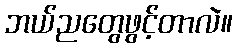
ဘယ်ညတွေဖွင့်တာလဲ။